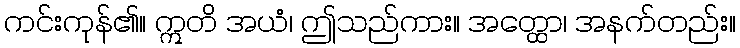
ကင်းကုန်၏။ ဣတိ အယံ၊ ဤသည်ကား။ အတ္ထော၊ အနက်တည်း။